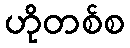
ဟိုတစ်စ